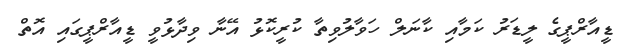
ޑީއާރްޕީގެ ލީޑަރު ކަމާއި ކާނަލް ހަވާލުވިތާ ކުރީކޮޅު އޭނާ ވިދާޅުވީ ޑީއާރްޕީގައި އޮތް